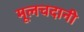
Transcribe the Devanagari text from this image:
मूलचदानी